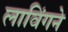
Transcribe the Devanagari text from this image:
लाविंगने